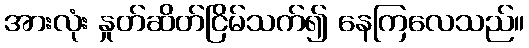
အားလုံး နှုတ်ဆိတ်ငြိမ်သက်၍ နေကြလေသည်။